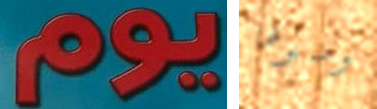
يوم وصولها